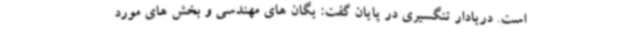
است‌. دریادار تنگسیری در پایان گفت: یگان های مهندسی و بخش های مورد